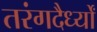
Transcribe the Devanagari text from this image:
तरंगदैर्ध्‍यों